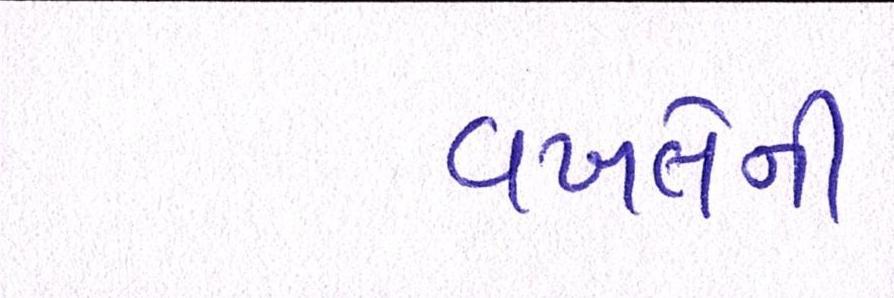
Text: વખતેની